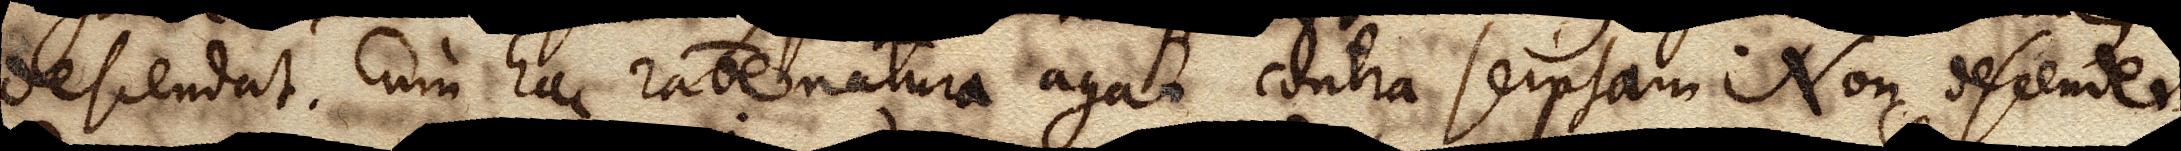
descendat. Cum hac ratione natura agat contra seipsam. Non descendet